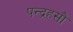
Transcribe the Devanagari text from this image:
पन्द्रहसौ